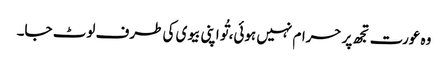
وہ عورت تجھ پر حرام نہیں ہوئی، تُو اپنی بیوی کی طرف لوٹ جا۔